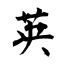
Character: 英